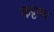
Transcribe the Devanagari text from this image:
कट्टप्पा